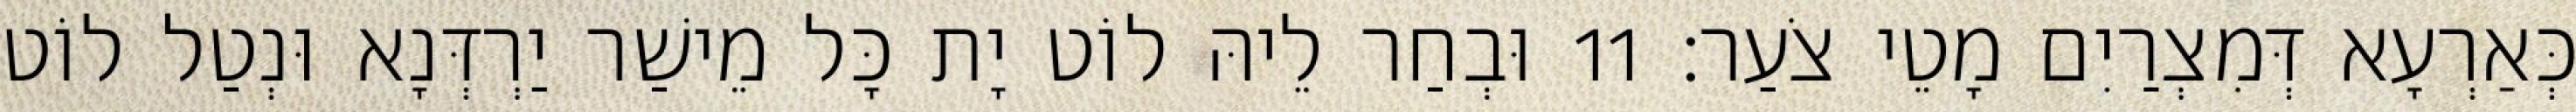
כְּאַרְעָא דְּמִצְרַיִם מָטֵי צֹעַר׃ 11 וּבְחַר לֵיהּ לוֹט יָת כָּל מֵישַׁר יַרְדְּנָא וּנְטַל לוֹט